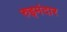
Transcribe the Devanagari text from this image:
रुइमंदार